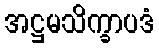
အဋ္ဌမသိက္ခာပဒံ